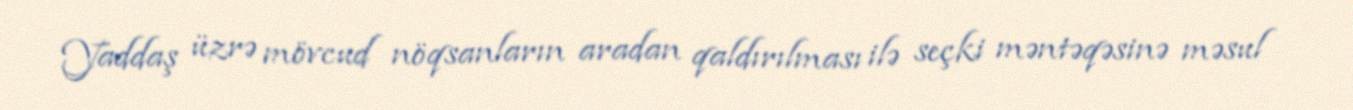
Yaddaş üzrə mövcud nöqsanların aradan qaldırılması ilə seçki məntəqəsinə məsul